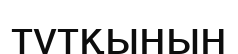
тұтқынын